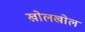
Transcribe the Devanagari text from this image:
खोलखोल